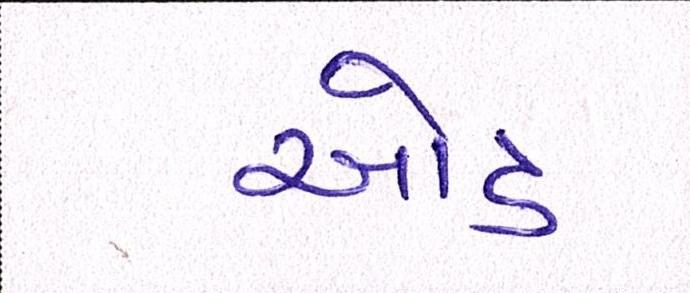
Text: ઓડ